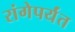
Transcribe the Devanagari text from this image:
रांगेपर्यंत